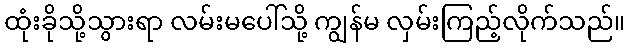
ထုံးခိုသို့သွားရာ လမ်းမပေါ်သို့ ကျွန်မ လှမ်းကြည့်လိုက်သည်။